Leaving Certificate Examination (including Day School Certificate (Higher) General paper), 1937
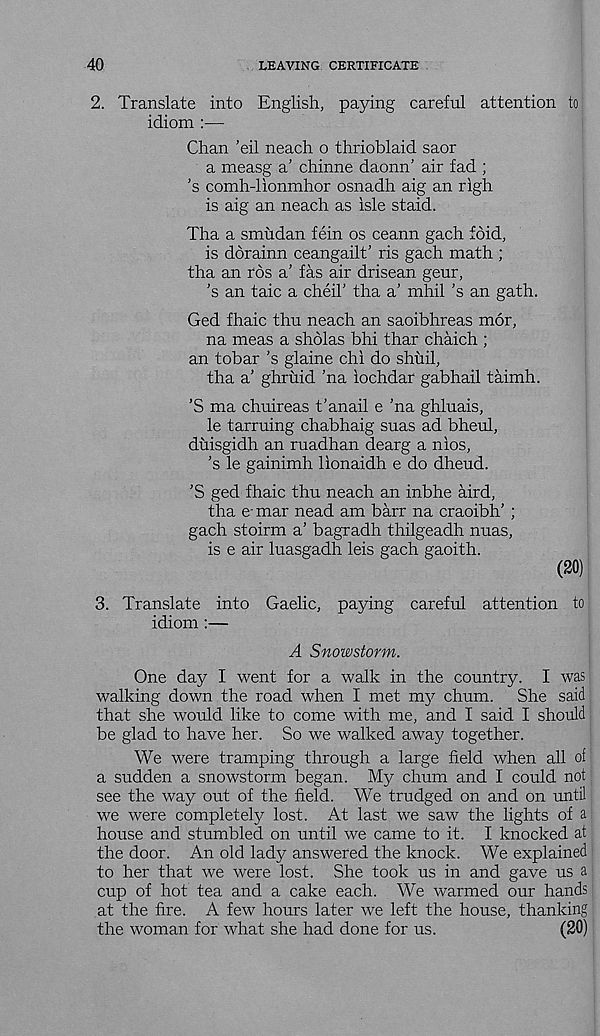
40
LEAVING CERTIFICATE
2. Translate into English, paying careful attention to
idiom :—
Chan ’eil neach o thrioblaid saor
a measg a’ chinne daonn’ air fad ;
’s comh-lionmhor osnadh aig an righ
is aig an neach as isle staid.
Tha a smudan fein os ceann gach foid,
is dorainn ceangailt’ ris gach math ;
tha an rds a’ fas air drisean geur,
’s an taic a cheil' tha a' mhil ’s an gath.
Ged fhaic thu neach an saoibhreas mor,
na meas a shdlas bhi thar chaich ;
an tobar ’s glaine chi do shuil,
tha a’ ghruid ’na iochdar gabhail taimh.
’S ma chnireas t’anail e ’na ghluais,
le tarruing chabhaig suas ad bheul,
duisgidh an ruadhan dearg a nios,
’s le gainimh lionaidh e do dheud.
’S ged fhaic thu neach an inbhe aird,
tha e mar nead am barr na craoibh’ ;
gach stoirm a’ bagradh thilgeadh nuas,
is e air luasgadh leis gach gaoith.
(20)
3. Translate into Gaelic, paying careful attention to
idiom :—
A Snowstorm.
One day I went for a walk in the country. I was
walking down the road when I met my chum.
She said
that she would like to come with me, and I said I should
be glad to have her. So we walked away together.
We were tramping through a large field when all of
a sudden a snowstorm began. My chum and I could not
see the way out of the field. We trudged on and on until
we were completely lost. At last we saw the lights of a
house and stumbled on until we came to it. I knocked at
the door. An old lady answered the knock. We explained
to her that we were lost. She took us in and gave us a
cup of hot tea and a cake each. We warmed our hands
at the fire. A few hours later we left the house, thanking
the woman for what she had done for us.
(20)